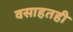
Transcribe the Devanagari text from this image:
वसाहतही